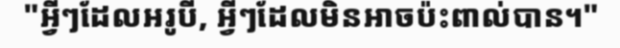
"អ្វីៗដែលអរូបី, អ្វីៗដែលមិនអាចប៉ះពាល់បាន។"